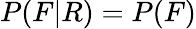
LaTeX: P(F|R)=P(F)